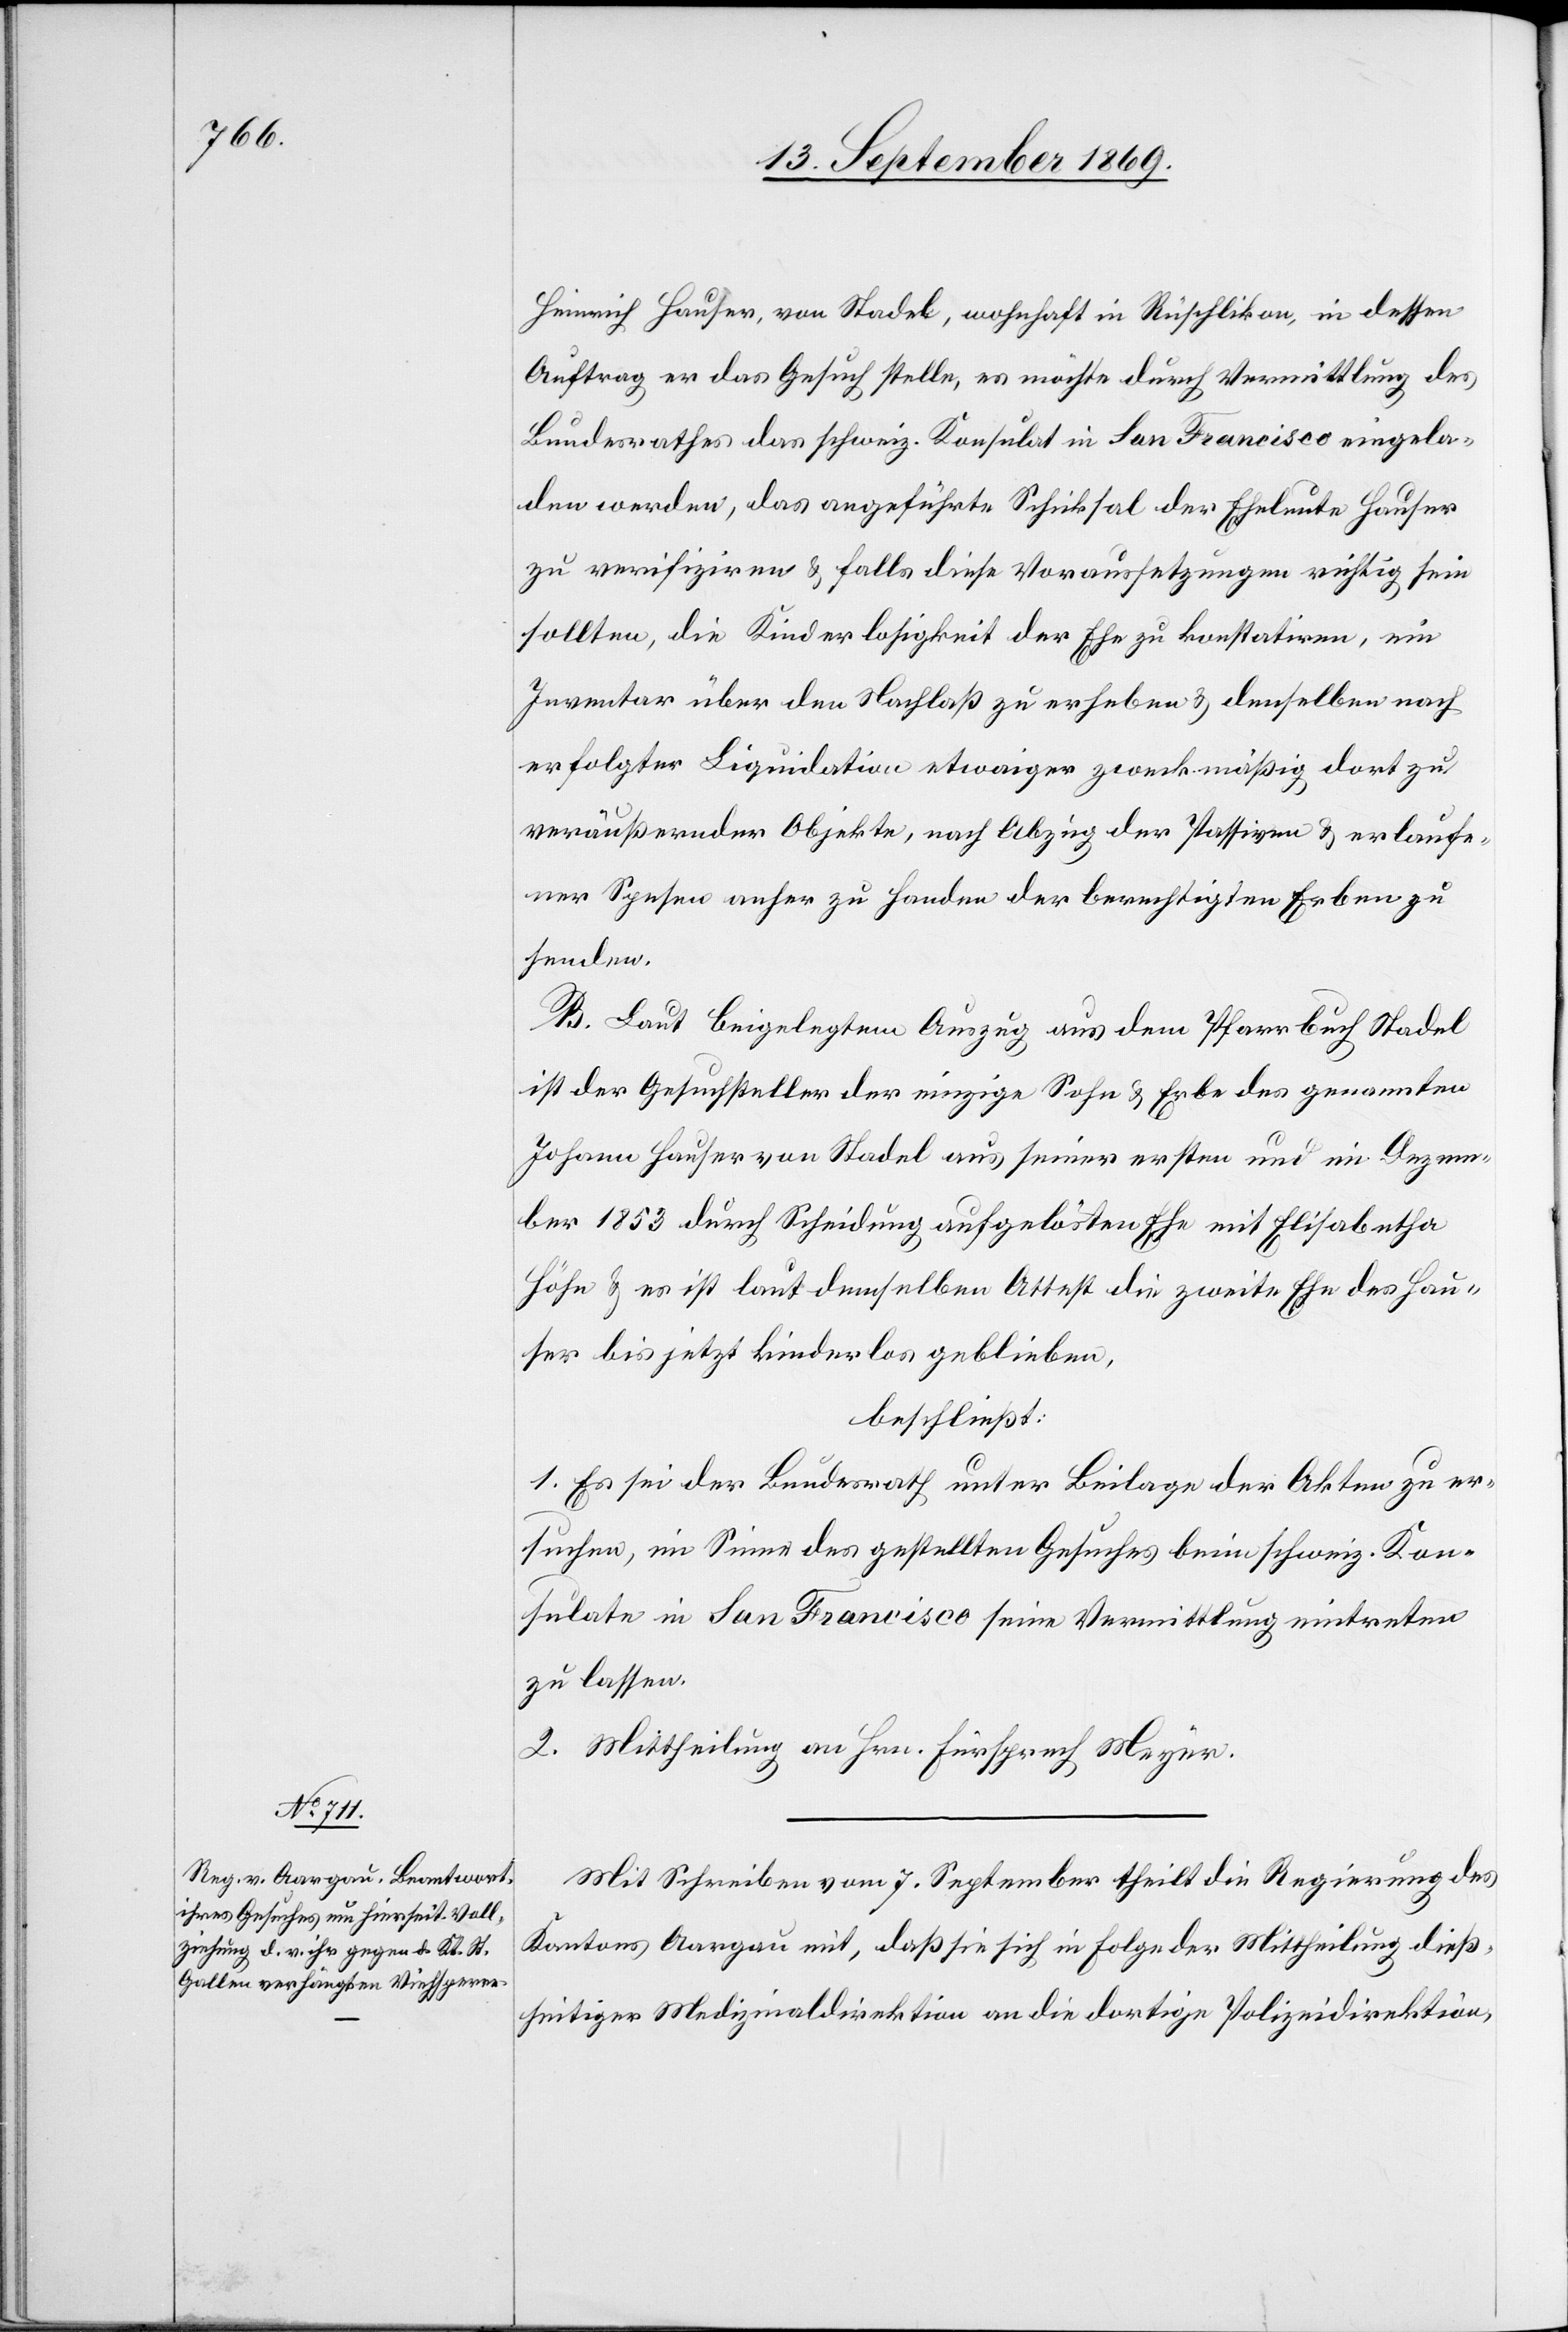
Heinrich Hauser, von Stadel, wohnhaft in Rüschlikon, in dessen
Auftrag er das Gesuch stelle, es möchte durch Vermittlung des
Bundesrathes das schweiz. Konsulat in San Francisco eingela¬
den werden, das angeführte Schicksal der Eheleute Hauser
zu verifiziren & falls diese Voraussetzungen richtig sein
sollten, die Kinderlosigkeit der Ehe zu konstatiren, ein
Inventar über den Nachlaß zu erheben & denselben nach
erfolgter Liquidation etwaiger zweckmäßig dort zu
veräußernder Objekte, nach Abzug der Passiven & erlaufe¬
ner Spesen anher zu Handen der berechtigten Erben zu
senden.
B. Laut beigelegtem Auszug aus dem Pfarrbuch Stadel
ist der Gesuchsteller der einzige Sohn & Erbe des genannten
Johann Hauser von Stadel aus seiner ersten und im Dezem¬
ber 1853 durch Scheidung aufgelösten Ehe mit Elisabetha
Höhn & es ist laut demselben Attest die zweite Ehe des Hau¬
ser bis jetzt kinderlos geblieben,
beschließt:
1. Es sei der Bundesrath unter Beilage der Akten zu er¬
suchen, im Sinne des gestellten Gesuches beim schweiz. Kon¬
sulate in San Francisco seine Vermittlung eintreten
zu lassen.
2. Mittheilung an Hrn. Fürsprech Meyer.
Mit Schreiben vom 7. September theilt die Regierung des
Kantons Aargau mit, daß sie sich in Folge der Mittheilung dieß¬
seitiger Medizinaldirektion an die dortige Polizeidirektion,